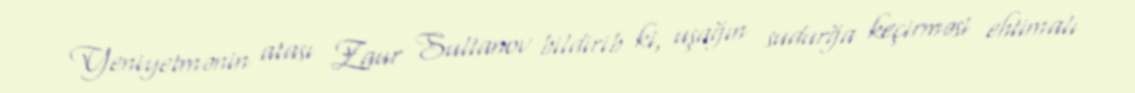
Yeniyetmənin atası Zaur Sultanov bildirib ki, uşağın sudurğa keçirməsi ehtimalı